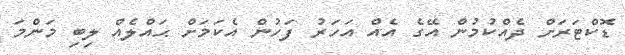
ޑޮކްޓަރަށް ދެއްކުމުން އޭގެ އެއް އަހަރު ފަހުން އެކަމަށް ޙައްލެއް ލިބި މަންމަ